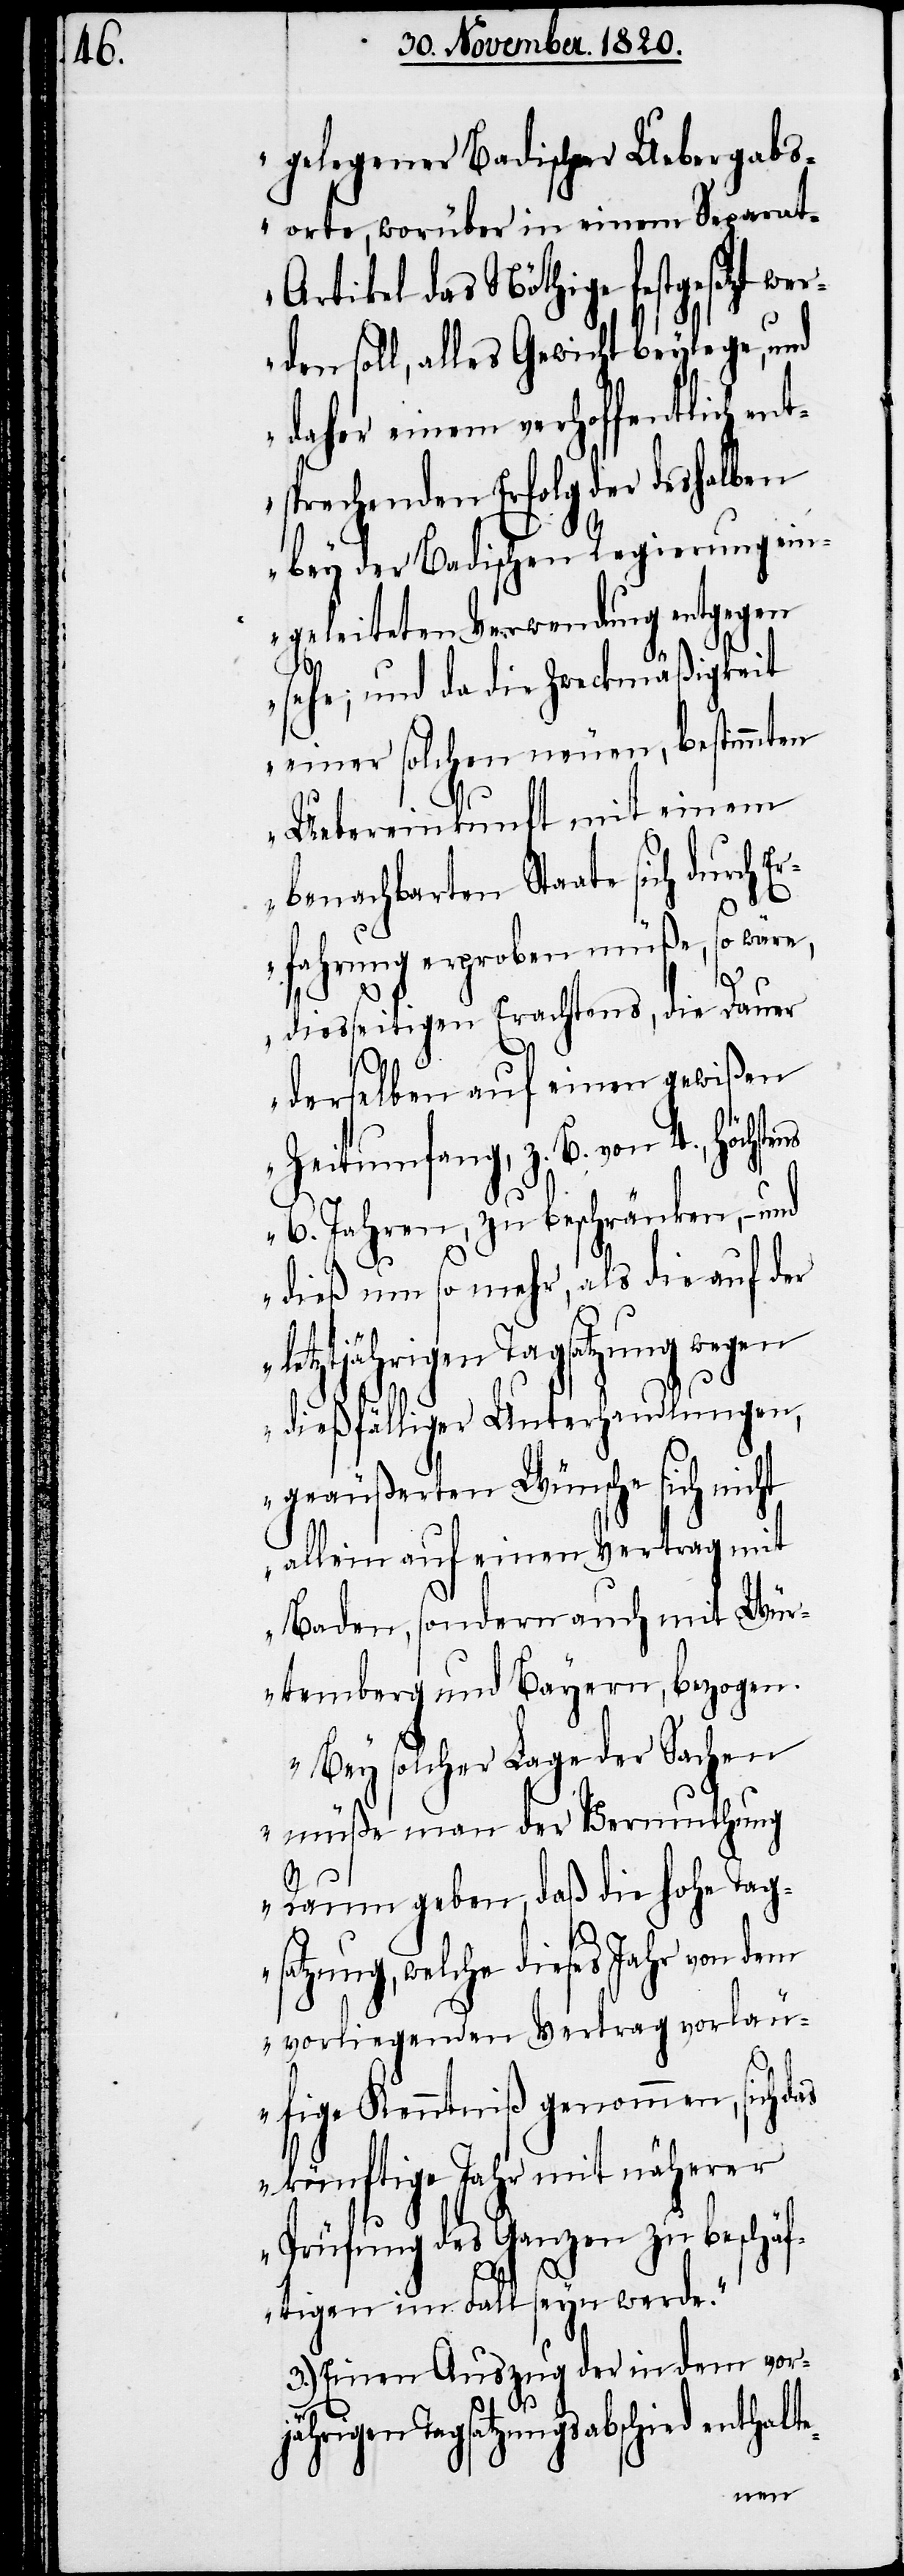
gelegener Badischer Uebergabs¬
orte, worüber in einem Separa¬
t-Artikel das Nöthige festgesetzt we¬
rden soll, alles Gewicht beylege, und
daher einem verhoffentlich en¬
tsprechenden Erfolg der deshalben
bey der Badischen Regierung ein¬
geleiteten Verwendung entgegen
sehe; und da die Zweckmäßigkeit
einer solchen neuen, bestimmten
Uebereinkunft mit einem
benachbarten Staate sich durch
Erfahrung erproben müße, so wäre,
diesseitigen Erachtens, die Dauer
en
te-
derselben auf einen gewißen
Zeitumfang, z. B. von 4., höchst¬
6. Jahren, zu beschränken, – und
dieß um so mehr, als die auf der
tjährigen Tagsatzung wegen
dießfälliger Unterhandlungen,
geäußerten Wünsche sich
allein auf einen Vertrag mit
Baden, sondern auch mit Wür¬
temberg und Bayern, bezogen.
Bey solcher Lage der Sachen
müße man der Vermuthung
Raum geben, daß die hohe Tag¬
satzung, welche dieses Jahr von dem
vorliegenden Vertrag vorläu¬
fige Kenntniß genommen, sich
künftige Jahr mit näherer
Prüfung des Ganzen zu beschäf¬
tigen im Fall seyn werde.“
3.) Einen Auszug der in dem vorjä¬
hrigen Tagsatzungsabschied enthal¬